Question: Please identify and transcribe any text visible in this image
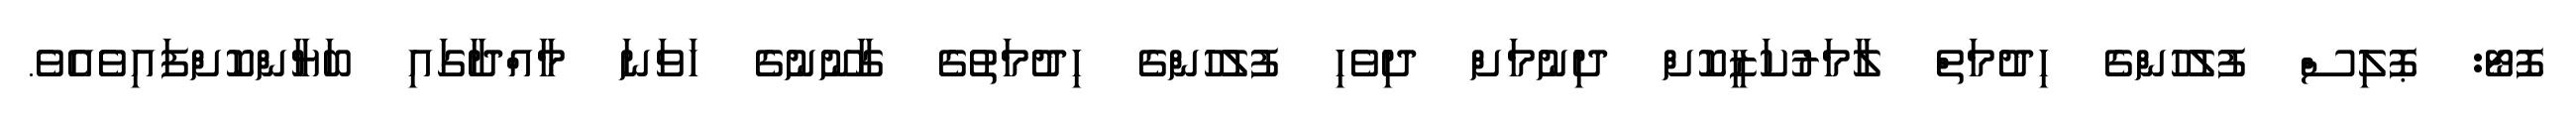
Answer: ފޮޓޯ: ޕޮލިސް ފުލުހުންގެ ހިދުމަތް ލާމަރުކަޒީކޮށް ދިނުމަށް ދިވެހި ފުލުހުންގެ ހިދުމަތުގެ ގާނޫނުގެ ހަވަނަ މާއްދާގައި ބަޔާންކޮށްފައިވެއެވެ.